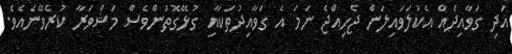
އަދި ގަވާއިދެއް އެކުލަވައިލަން ޖެހިއްޖެ ނަމަ އެ ގަވާއިދުތަކާއި ގުޅޭގޮތުންވެސް މަޝްވަރާ ކުރެވޭނެއެވެ.